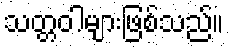
သတ္တဝါများဖြစ်သည်။